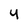
Character: 4